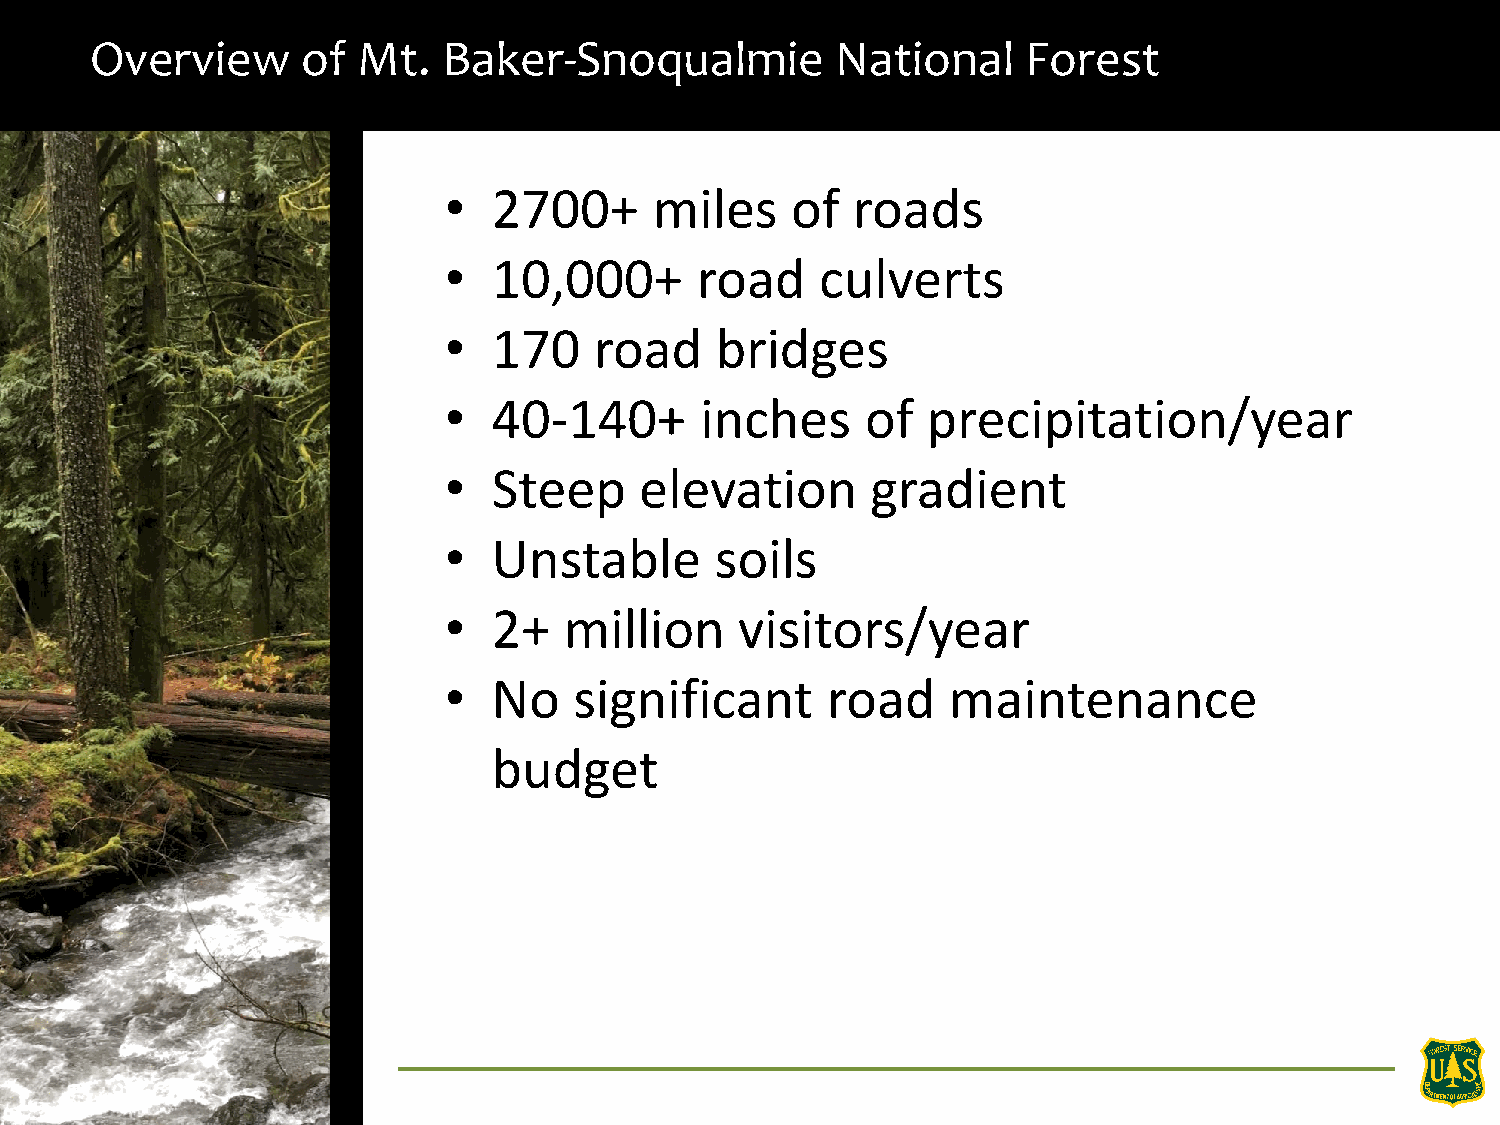
Overview      of  Mt.  Baker-Snoqualmie          National     Forest
 •   2700+     miles    of  roads
 •   10,000+      road    culverts
 •   170   road    bridges
 •   40-140+      inches     of  precipitation/year
 •   Steep    elevation       gradient
 •   Unstable      soils
 •   2+  million     visitors/year
 •   No   significant      road    maintenance
 budget